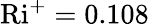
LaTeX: \textrm{Ri}^{+}=0.108